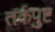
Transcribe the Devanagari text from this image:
तर्कपुष्ट